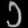
Digit: ၁